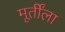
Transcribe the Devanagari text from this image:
मूर्तींला